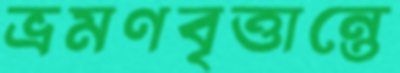
ভ্রমণবৃত্তান্তে